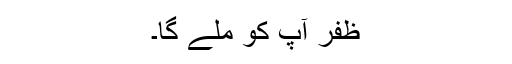
ظفر آپ کو ملے گا۔